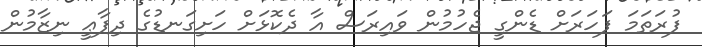
ފުރަތަމަ ފަހަރަށް ޑެންގީ ޖެހުމުން ވައިރަސް އާ ދެކޮޅަށް ހަށިގަނޑުގެ ދިފާޢީ ނިޒާމުން